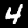
Digit: 4